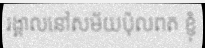
រង្គាលនៅសម័យប៉ុលពត ខ្ញុំ